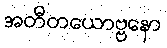
အတီတယောဗ္ဗနော